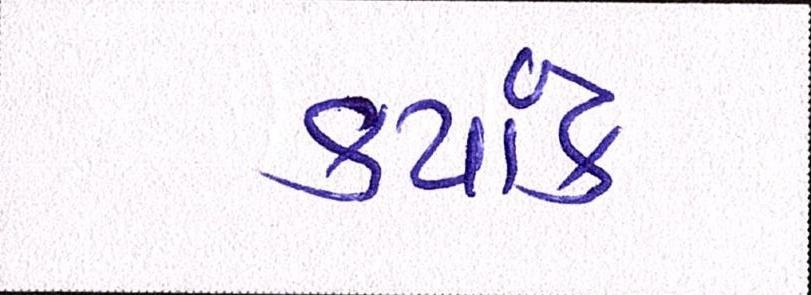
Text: કયાંય